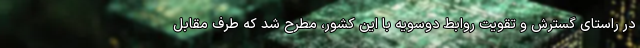
در راستای گسترش و تقویت روابط دوسویه با این کشور، مطرح شد که طرف مقابل